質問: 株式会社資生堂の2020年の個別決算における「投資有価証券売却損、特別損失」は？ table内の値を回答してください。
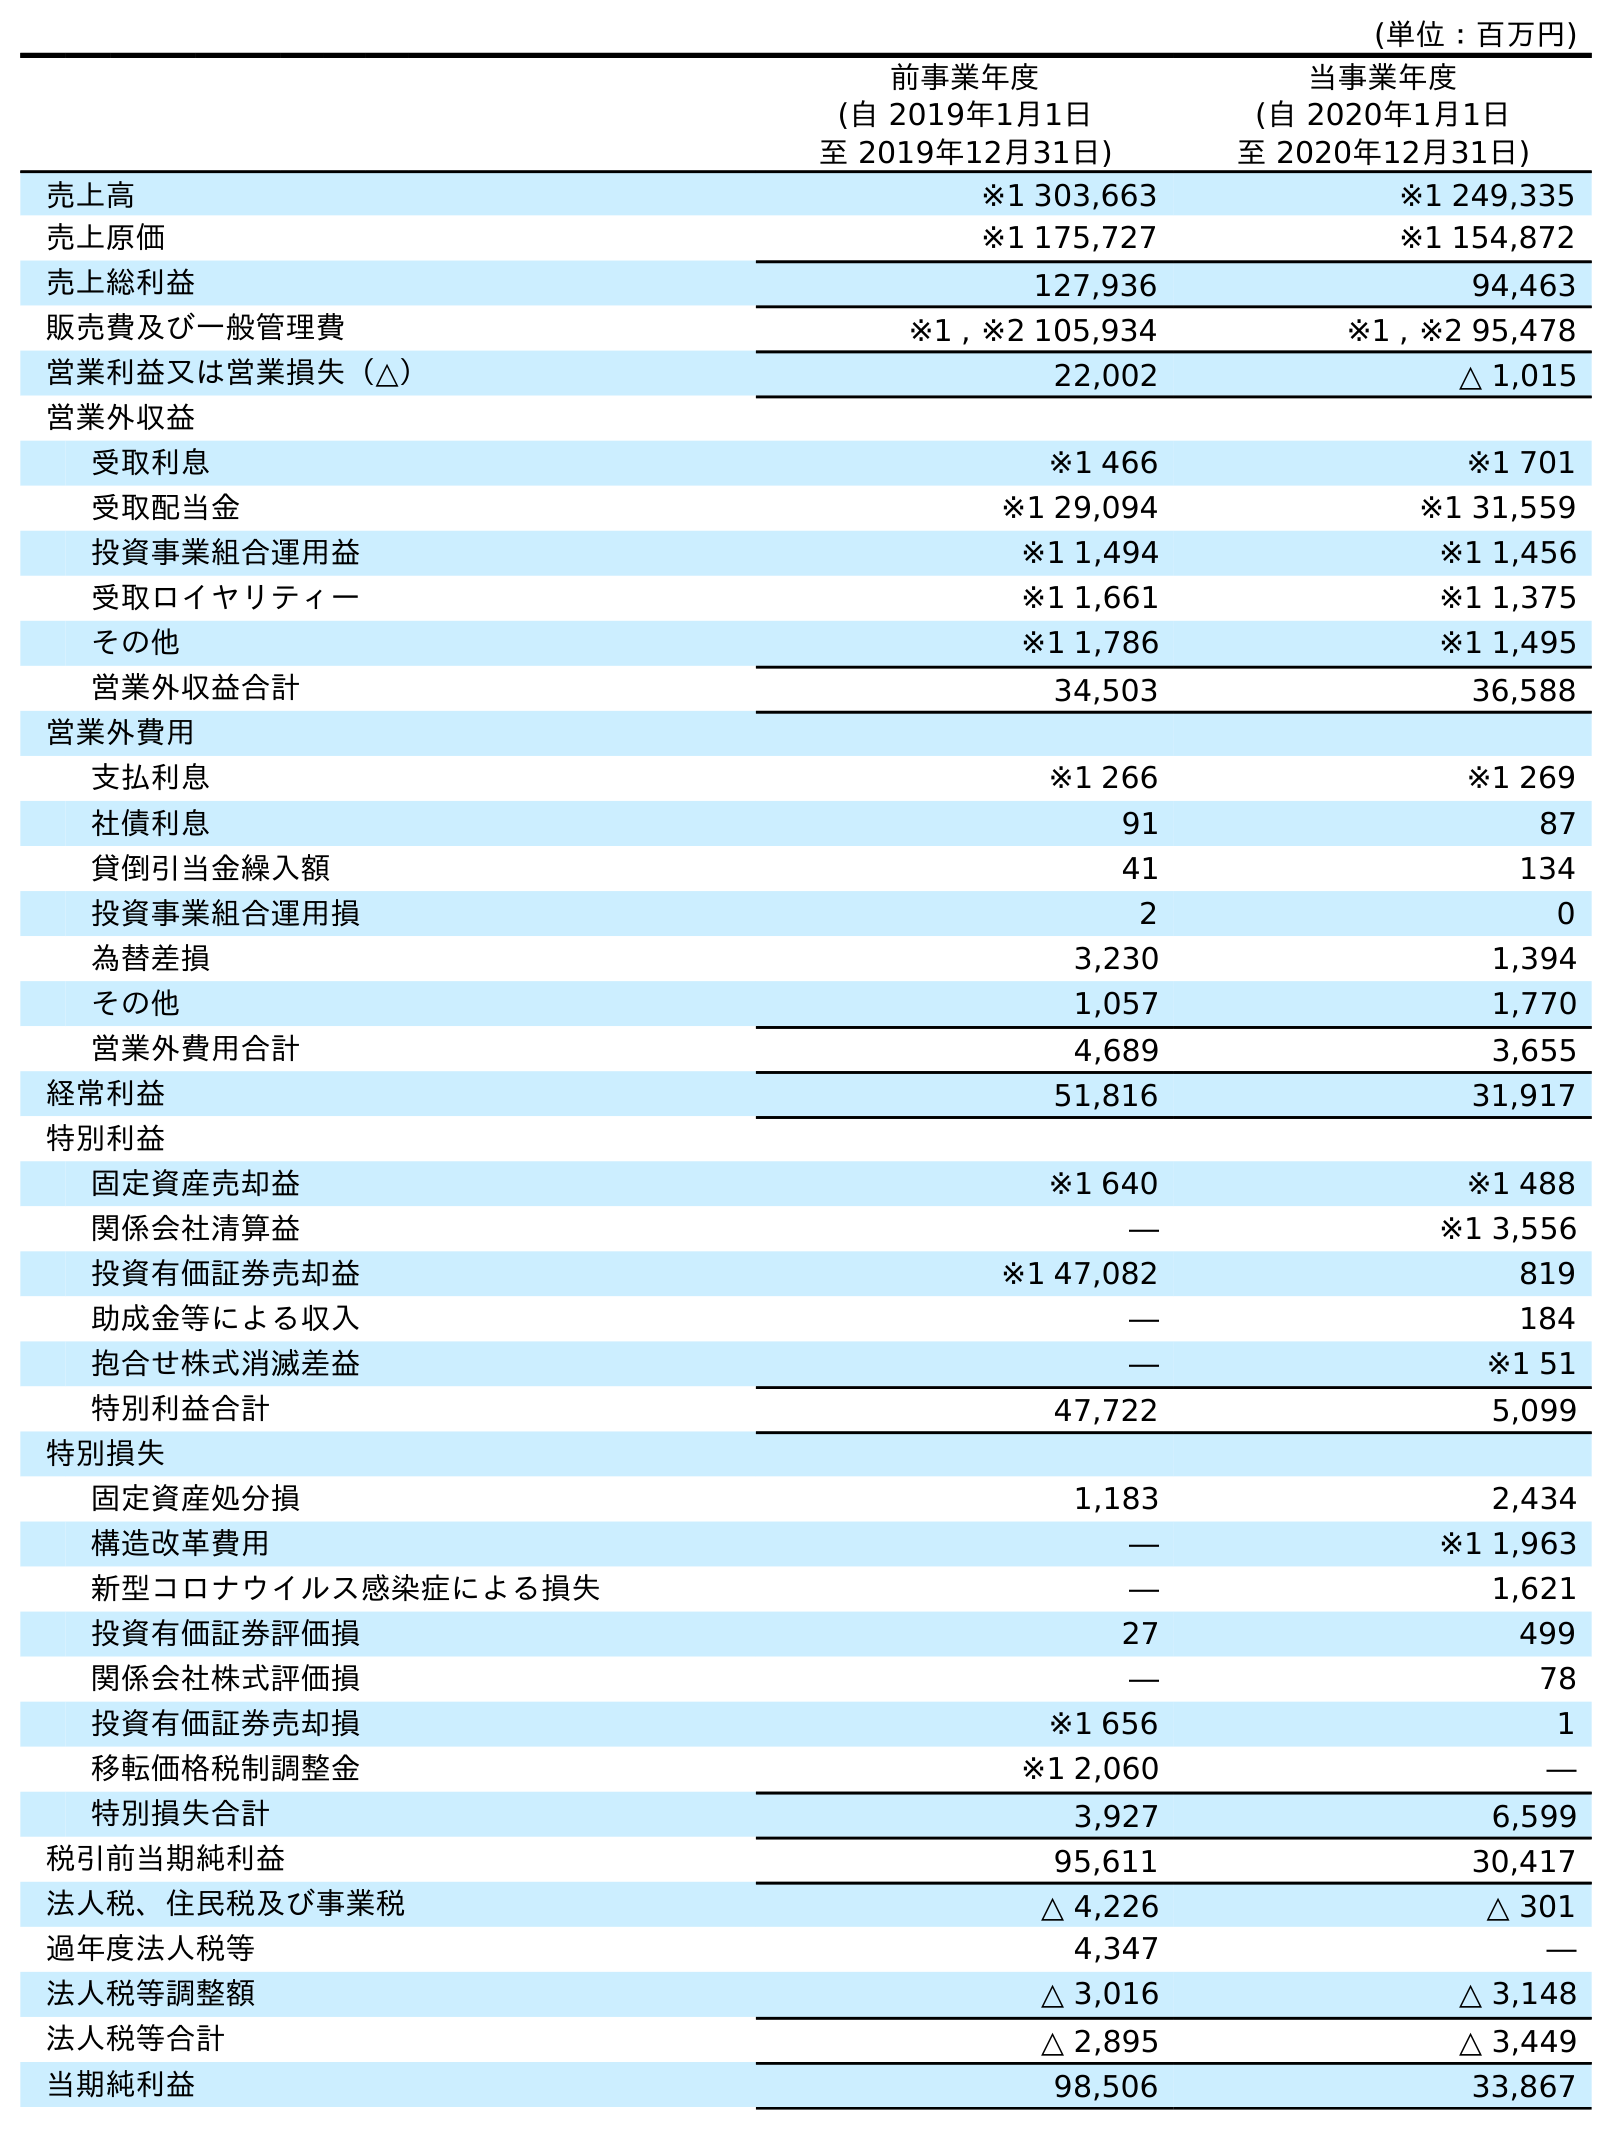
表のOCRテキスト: (単位：百万円) 前事業年度 (自 2019年1月1日 至 2019年12月31日) 当事業年度 (自 2020年1月1日 至 2020年12月31日) 売上高 ※1 303,663 ※1 249,335 売上原価 ※1 175,727 ※1 154,872 売上総利益 127,936 94,463 販売費及び一般管理費 ※1 , ※2 105,934 ※1 , ※2 95,478 営業利益又は営業損失（△） 22,002 △ 1,015 営業外収益 受取利息 ※1 466 ※1 701 受取配当金 ※1 29,094 ※1 31,559 投資事業組合運用益 ※1 1,494 ※1 1,456 受取ロイヤリティー ※1 1,661 ※1 1,375 その他 ※1 1,786 ※1 1,495 営業外収益合計 34,503 36,588 営業外費用 支払利息 ※1 266 ※1 269 社債利息 91 87 貸倒引当金繰入額 41 134 投資事業組合運用損 2 0 為替差損 3,230 1,394 その他 1,057 1,770 営業外費用合計 4,689 3,655 経常利益 51,816 31,917 特別利益 固定資産売却益 ※1 640 ※1 488 関係会社清算益 ― ※1 3,556 投資有価証券売却益 ※1 47,082 819 助成金等による収入 ― 184 抱合せ株式消滅差益 ― ※1 51 特別利益合計 47,722 5,099 特別損失 固定資産処分損 1,183 2,434 構造改革費用 ― ※1 1,963 新型コロナウイルス感染症による損失 ― 1,621 投資有価証券評価損 27 499 関係会社株式評価損 ― 78 投資有価証券売却損 ※1 656 1 移転価格税制調整金 ※1 2,060 ― 特別損失合計 3,927 6,599 税引前当期純利益 95,611 30,417 法人税、住民税及び事業税 △ 4,226 △ 301 過年度法人税等 4,347 ― 法人税等調整額 △ 3,016 △ 3,148 法人税等合計 △ 2,895 △ 3,449 当期純利益 98,506 33,867
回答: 1